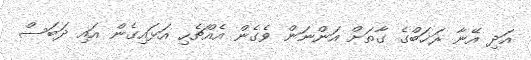
އަދި އޭނާ ރަޚަބްގެ ގާތަށް އަންނަން ވެގެން އެއްޗެހި އަޅައިގެން އައި ދަބަސް